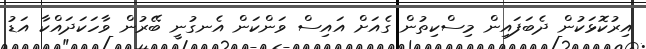
އިރުކޮޅަކުން ދެބަފައިން މިސްކިތުން ގެއަށް އައިސް ވަންކަން އެނގުނީ ބޭރުން ވާހަކަދައްކާ އަޑު